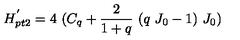
H _ { p t 2 } ^ { ^ { \prime } } = 4 \ ( C _ { q } + \frac { 2 } { 1 + q } \ ( q \ J _ { 0 } - 1 ) \ J _ { 0 } )